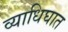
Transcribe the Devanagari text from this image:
व्याधिघात